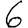
Digit: 6